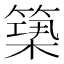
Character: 𥲒